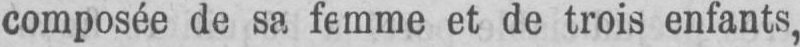
composée de sa femme et de trois enfants,